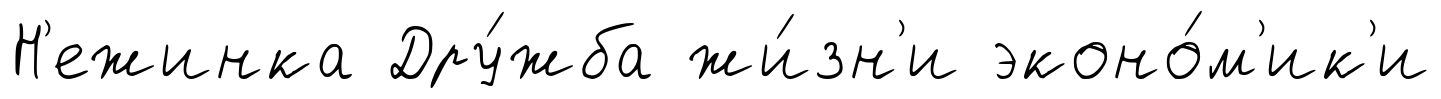
Н'ежинка Дру́жба жи́зн'и эконо́м'ик'и